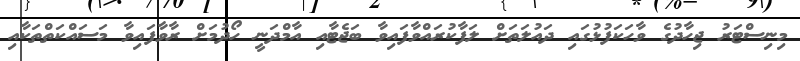
މިނިސްޓަރު ޖިހާދުގެ ވާހަކަފުޅުގައި ދައުލަތަށް ލަފާކުރައްވާފައިވާ ބަޖެޓާއި އާމްދަނީ ހޯދުމަށް ރާވާފައިވާ މަސައްކަތްތަކާއި